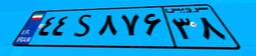
۴۴S۸۷۶۳۸